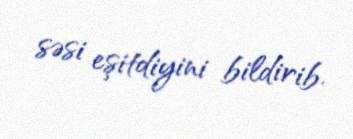
səsi eşitdiyini bildirib.